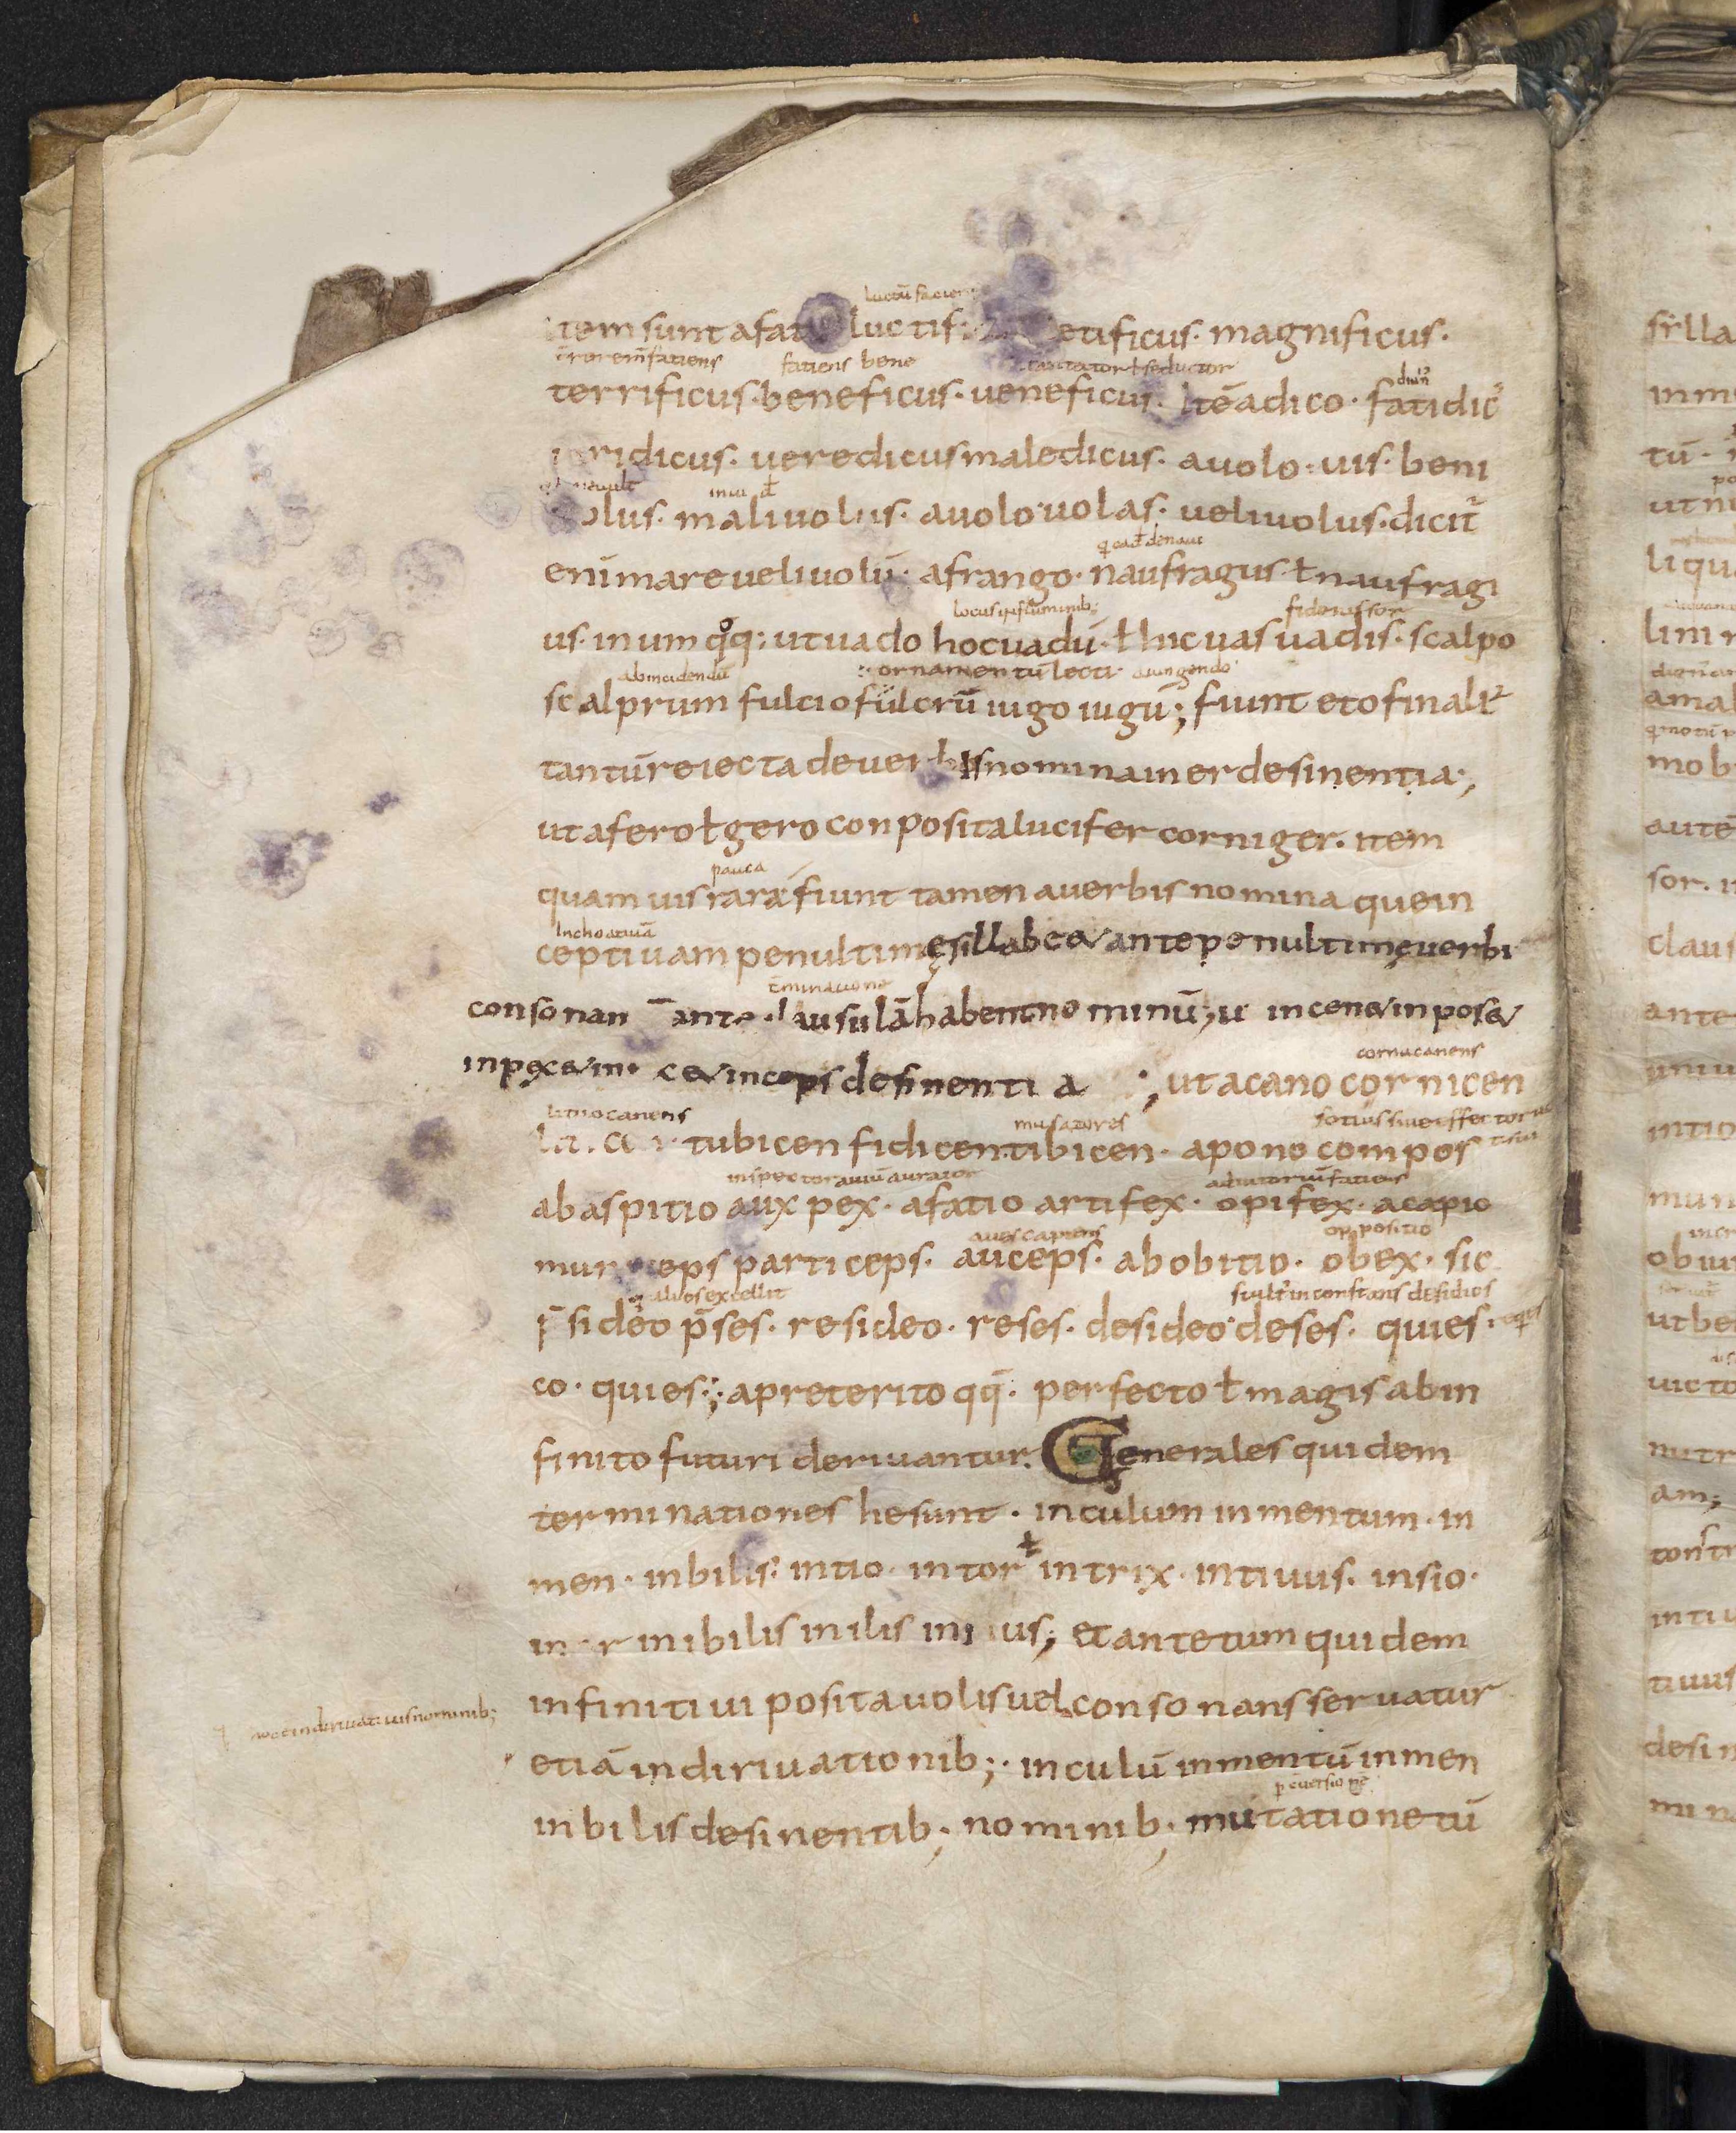
Shelfmark: Leiden, Bibliotheek der Rijksuniversiteit, Voss. Lat. O 41
Century: 9